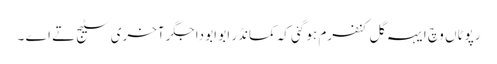
رپوٹاں وچ ایہہ گل کنفرم ہو گئی کہ کمانڈر ابو ابو دا جگر آخری سٹیج تے اے ۔